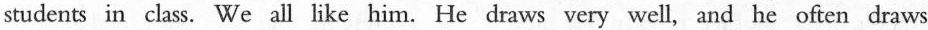
students in class. We all like him. He draws very well, and he often draws